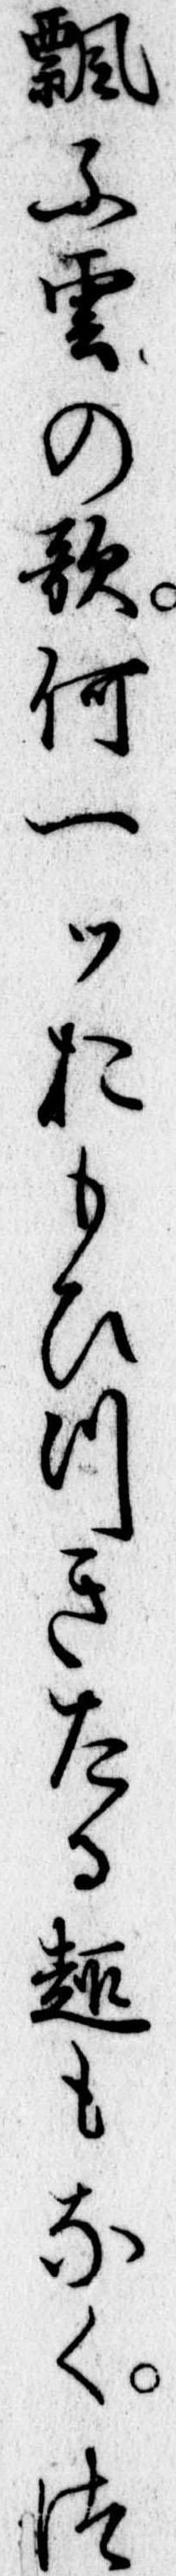
飄ふ雲の歌何一ツおもひつきたる趣もなくつ